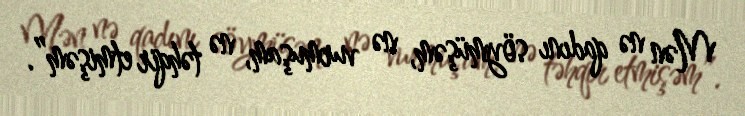
Mən nə qadını söymüşəm, nə vurmuşam, nə təhqir etmişəm”.